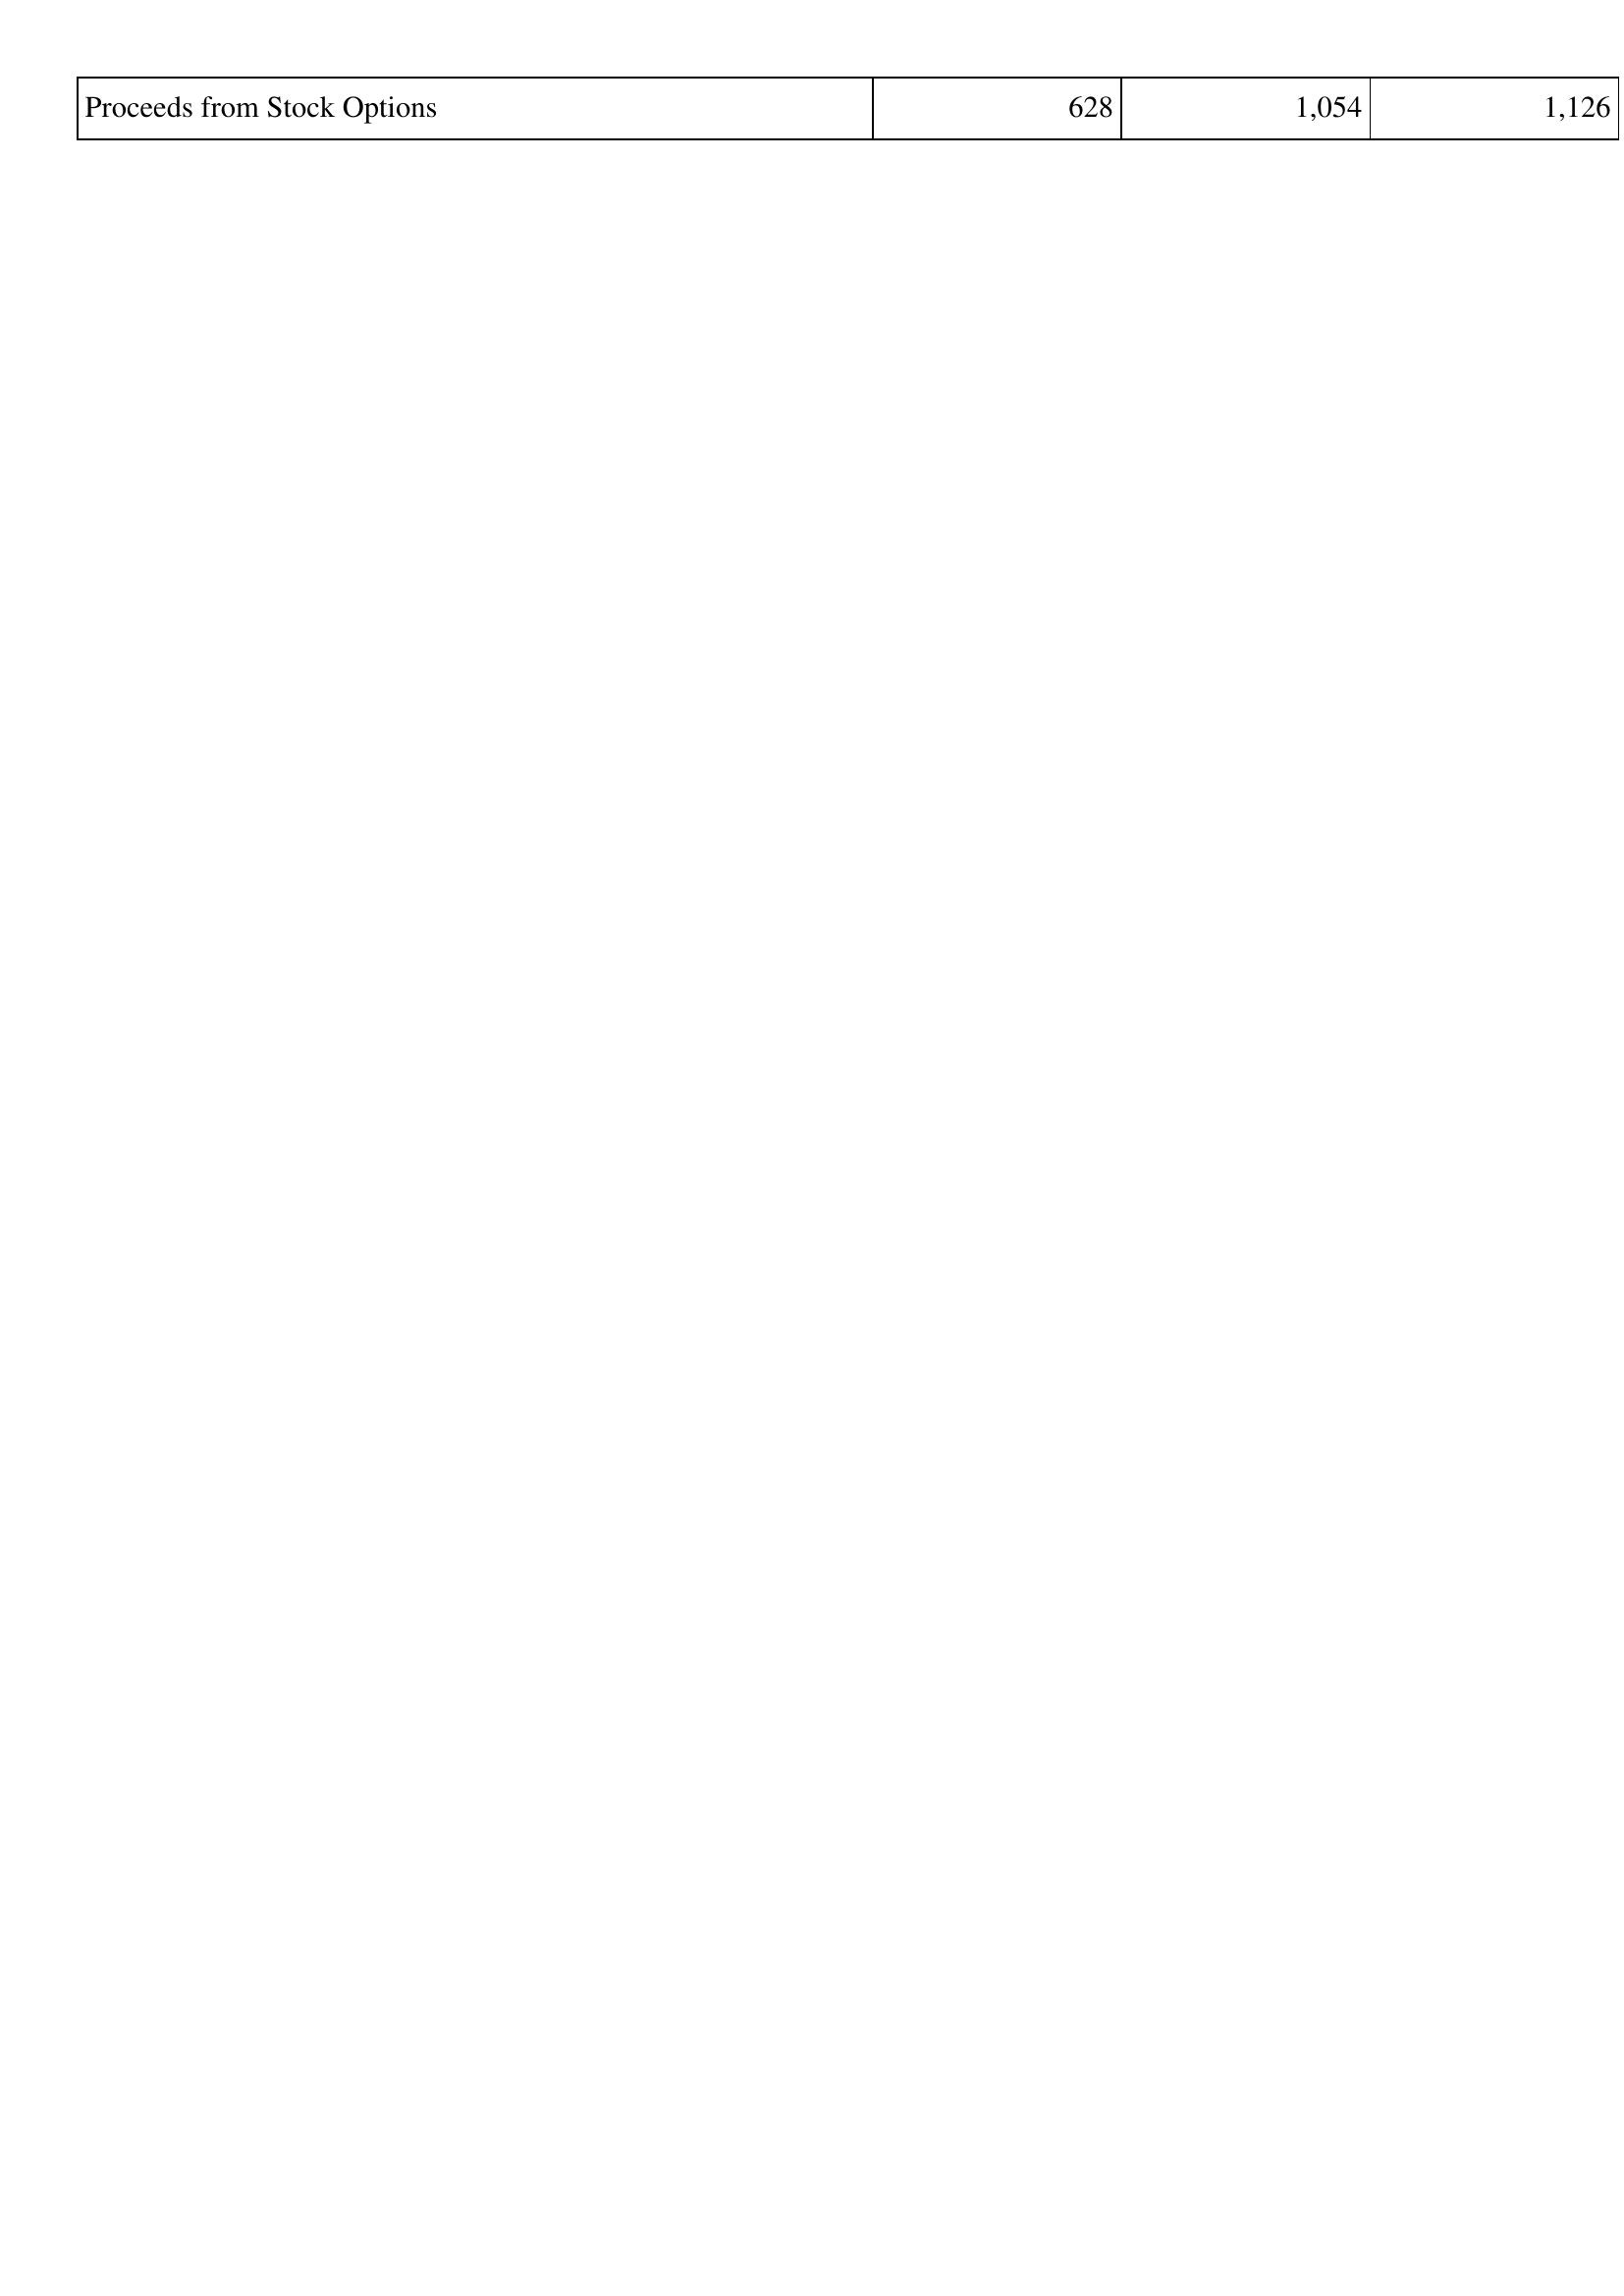
2019: Financing Activities: Proceeds from Stock Options: 628
2018: Financing Activities: Proceeds from Stock Options: 1,054
2017: Financing Activities: Proceeds from Stock Options: 1,126